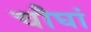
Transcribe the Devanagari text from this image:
चौघां